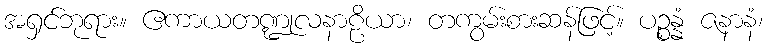
အရှင်ဘုရား။ ဧကာယတဏ္ဍုလနာဠိယာ၊ တကွမ်းစားဆန်ဖြင့်။ ပဉ္စန္နံ ဇနာနံ၊